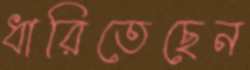
ধারিতেছেন